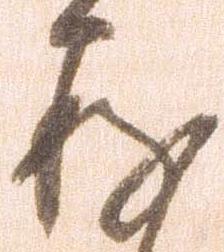
存